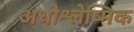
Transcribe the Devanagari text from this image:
अधोश्लेष्मिक